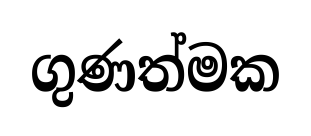
ගුණත්මක